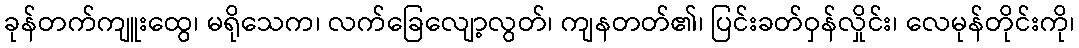
ခုန်တက်ကျူးထွေ၊ မရိုသေက၊ လက်ခြေလျော့လွတ်၊ ကျနတတ်၏၊ ပြင်းခတ်ဝှန်လှိုင်း၊ လေမုန်တိုင်းကို၊